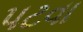
પટવા